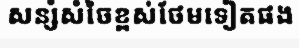
សន្សំសំចៃខ្ពស់ថែមទៀតផង